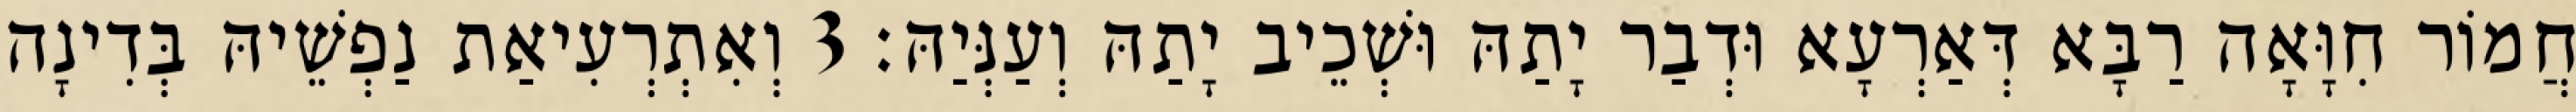
חֲמוֹר חִוָּאָה רַבָּא דְּאַרְעָא וּדְבַר יָתַהּ וּשְׁכֵיב יָתַהּ וְעַנְּיַהּ׃ 3 וְאִתְרְעִיאַת נַפְשֵׁיהּ בְּדִינָה